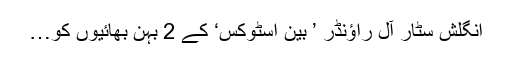
انگلش سٹار آل راؤنڈر ’ بین اسٹوکس‘ کے 2 بہن بھائیوں کو…